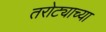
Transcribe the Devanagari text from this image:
तरोट्याच्या